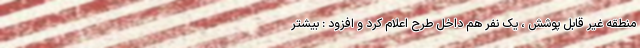
منطقه غیر قابل پوشش ، یک نفر هم داخل طرح اعلام کرد و افزود : بیشتر